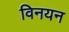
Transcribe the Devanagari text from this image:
विनयन